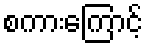
စကားကြောင့်